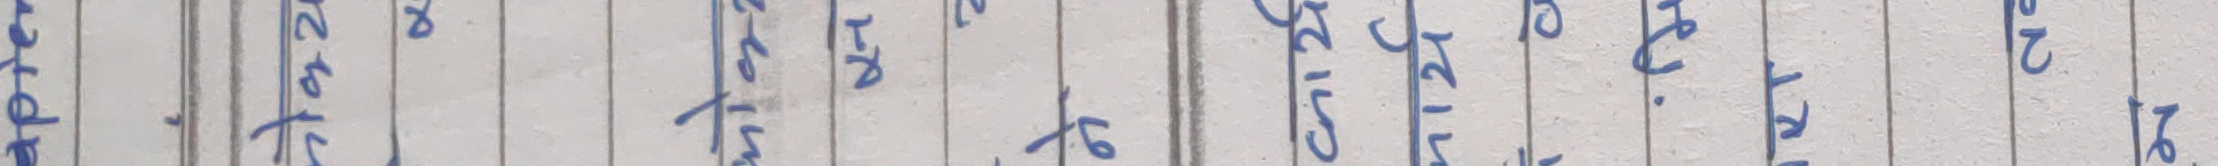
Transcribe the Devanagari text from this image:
प्रति